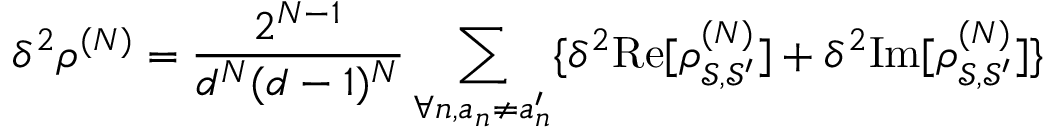
\delta ^ { 2 } \rho ^ { ( N ) } = \frac { 2 ^ { N - 1 } } { d ^ { N } ( d - 1 ) ^ { N } } \sum _ { \forall n , a _ { n } \neq a _ { n } ^ { \prime } } \{ \delta ^ { 2 } \mathrm { R e } [ \rho _ { \mathcal { S } , \mathcal { S } ^ { \prime } } ^ { ( N ) } ] + \delta ^ { 2 } \mathrm { I m } [ \rho _ { \mathcal { S } , \mathcal { S } ^ { \prime } } ^ { ( N ) } ] \}